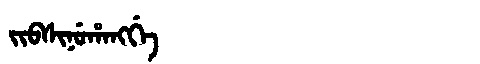
Manchu: ᠵᡳᠪᠰᡳᠨᡠᡥᠠᠩᡤᡝ
Romanization: JIBSINUHANGGE